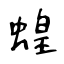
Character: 蝗